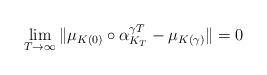
LaTeX: \begin{align*}\lim_{T\to\infty}\|\mu_{K(0)}\circ\alpha_{K_T}^{\gamma T}-\mu_{K(\gamma)}\|=0\end{align*}